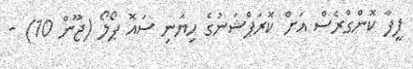
ފީފާ ކޮންގްރެސް އަށް ކޮރަޕްޝަނުގެ ހިޔަނި ސައޮ ޕޯލޯ (ޖޫން 10) -